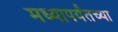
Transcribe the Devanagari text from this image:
मध्यापर्यंतच्या